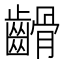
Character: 䶤